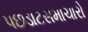
પછડાટસમાચારો